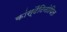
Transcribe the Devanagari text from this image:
कांस्टैंटिनोपिल